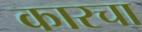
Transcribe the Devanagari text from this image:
कारचा